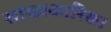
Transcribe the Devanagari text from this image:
सांख्‍यकारिका